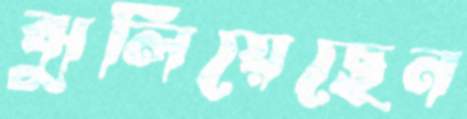
ঝুলিয়েছেন